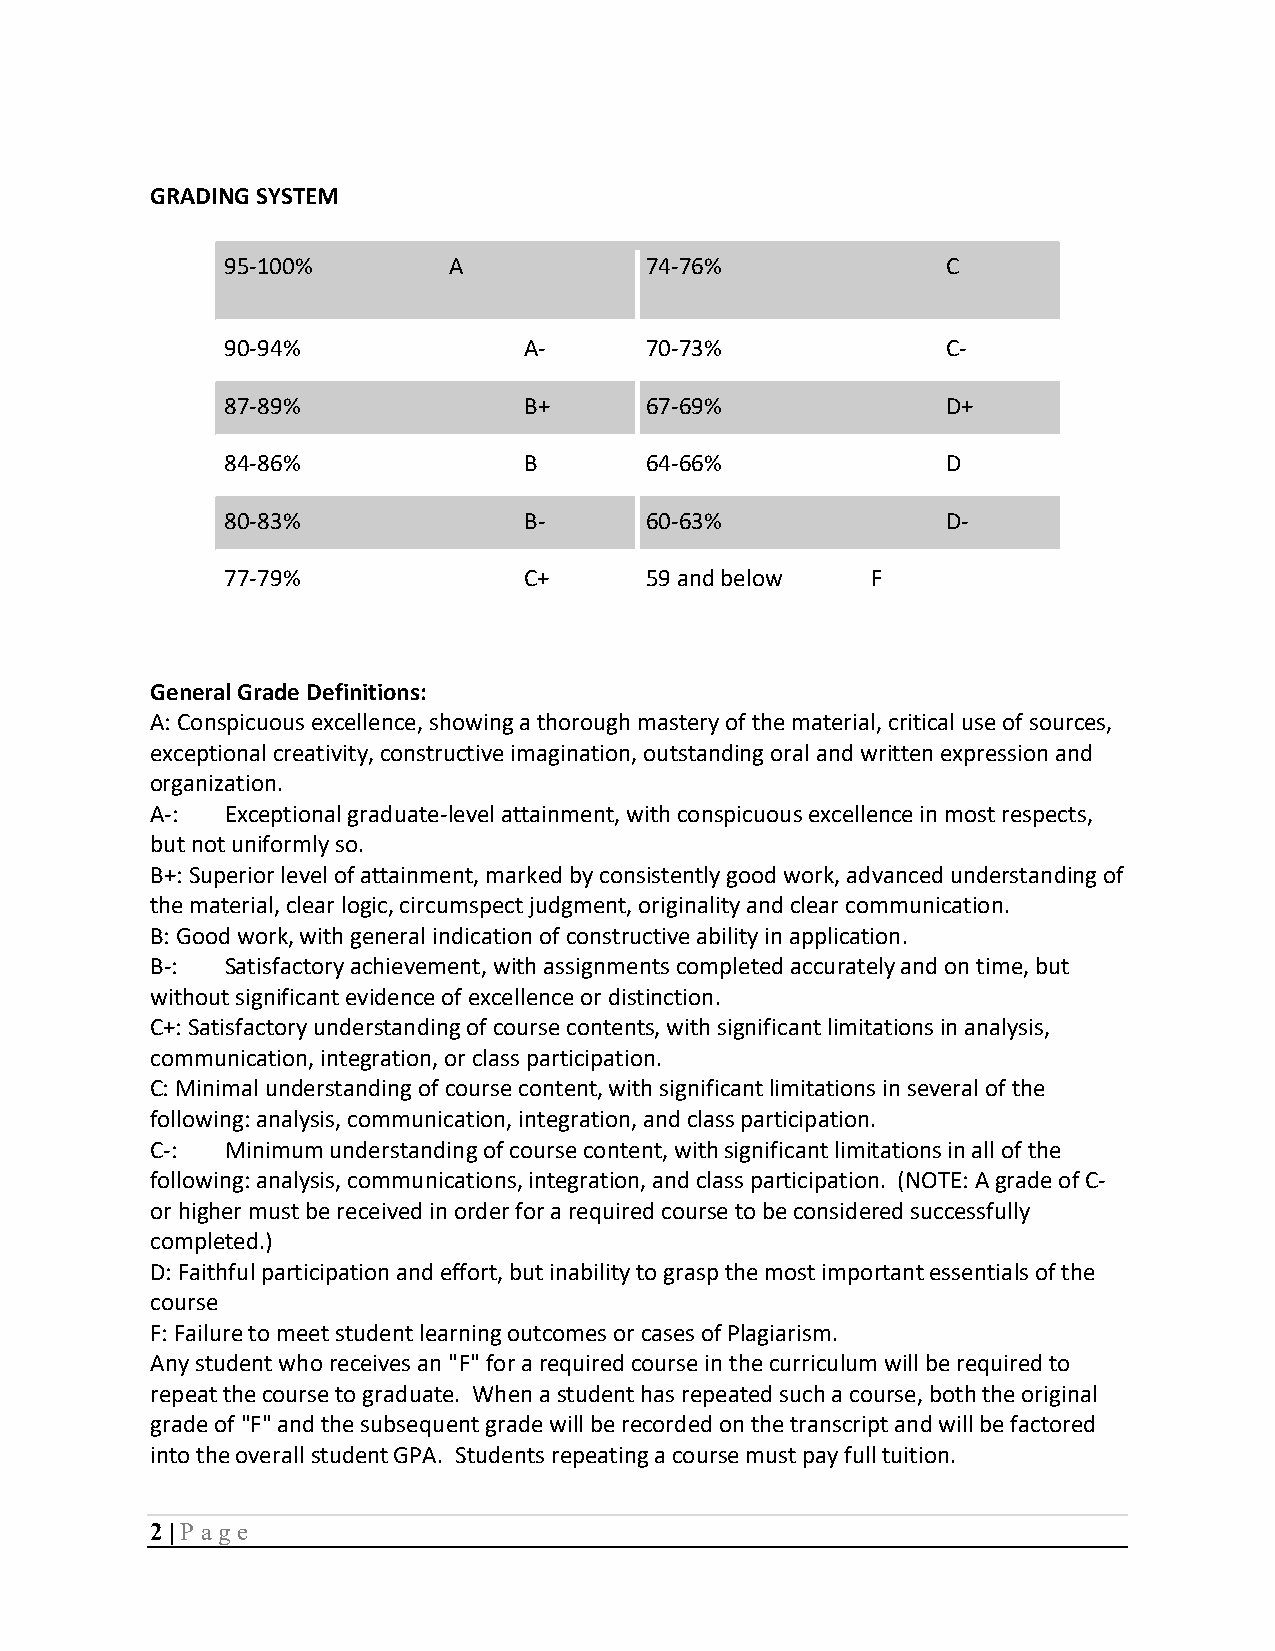
GRADING SYSTEM
 95-100%        A            74-76%              C
 90-94%              A-      70-73%              C-
 87-89%              B+      67-69%              D+
 84-86%              B       64-66%              D
 80-83%              B-      60-63%              D-
 77-79%              C+      59 and below   F
 General Grade Definitions:
 A: Conspicuous excellence, showing a thorough mastery of the material, critical use of sources,
 exceptional creativity, constructive imagination, outstanding oral and written expression and
 organization.
 A-:  Exceptional graduate-level attainment, with conspicuous excellence in most respects,
 but not uniformly so.
 B+: Superior level of attainment, marked by consistently good work, advanced understanding of
 the material, clear logic, circumspect judgment, originality and clear communication.
 B: Good work, with general indication of constructive ability in application.
 B-:  Satisfactory achievement, with assignments completed accurately and on time, but
 without significant evidence of excellence or distinction.
 C+: Satisfactory understanding of course contents, with significant limitations in analysis,
 communication, integration, or class participation.
 C: Minimal understanding of course content, with significant limitations in several of the
 following: analysis, communication, integration, and class participation.
 C-:  Minimum understanding of course content, with significant limitations in all of the
 following: analysis, communications, integration, and class participation. (NOTE: A grade of C-
 or higher must be received in order for a required course to be considered successfully
 completed.)
 D: Faithful participation and effort, but inability to grasp the most important essentials of the
 course
 F: Failure to meet student learning outcomes or cases of Plagiarism.
 Any student who receives an "F" for a required course in the curriculum will be required to
 repeat the course to graduate. When a student has repeated such a course, both the original
 grade of "F" and the subsequent grade will be recorded on the transcript and will be factored
 into the overall student GPA. Students repeating a course must pay full tuition.
 2 | P age